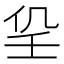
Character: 𡔟